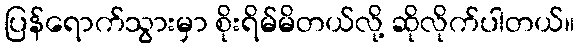
ပြန်ရောက်သွားမှာ စိုးရိမ်မိတယ်လို့ ဆိုလိုက်ပါတယ်။